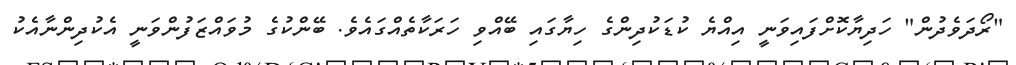
"ރޯދަވެދުން" ހަދިޔާކޮށްފައިވަނީ އިއްޔެ ކުޑަކުދިންގެ ހިޔާގައި ބޭއްވި ހަރަކާތެއްގައެވެ. ބޭންކުގެ މުވައްޒަފުންވަނީ އެކުދިންނާއެކު